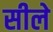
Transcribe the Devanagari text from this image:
सीले